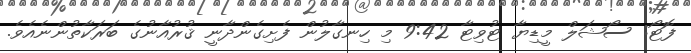
ފޮޓޯ: ސޯޝަލް މީޑިޔާ ޓުވިޓާ 9:42 މި ހިނގާލުން ފެށިގެންދާނީ ޤުރުއާނުގެ ބަރަކާތުންނެއެވެ.